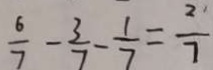
\frac { 6 } { 7 } - \frac { 3 } { 7 } - \frac { 1 } { 7 } = \frac { 2 } { 7 }